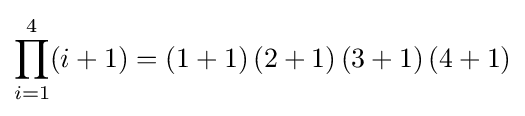
\prod _{i=1}^{4}(i+1)=(1+1)\,(2+1)\,(3+1)\,(4+1)